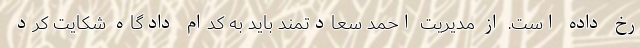
رخ داده است. از مدیریت احمد سعادتمند باید به کدام دادگاه شکایت کرد